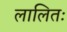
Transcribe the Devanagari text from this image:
लालितः